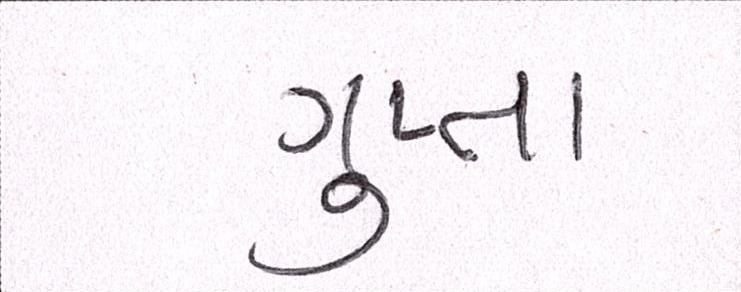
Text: ગુપ્તા